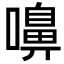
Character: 嚊